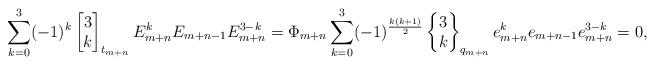
LaTeX: \begin{align*}\begin{aligned}\sum_{k=0}^3(-1)^k\begin{bmatrix} 3\\k\end{bmatrix}_{t_{m+n}}E_{m+n}^kE_{m+n-1} E_{m+n}^{3-k}=\Phi_{m+n} \sum_{k=0}^3(-1)^{\frac{k(k+1)}{2}}\left\{\begin{matrix} 3\\k\end{matrix}\right\}_{q_{m+n}} e_{m+n}^k e_{m+n-1} e_{m+n}^{3-k}=0,\end{aligned}\end{align*}